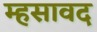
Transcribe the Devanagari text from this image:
म्हसावद